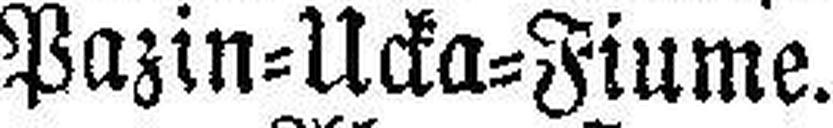
Pazin=Ucka=Fiume.